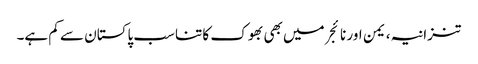
تنزانیہ، یمن اور نائجر میں بھی بھوک کا تناسب پاکستان سے کم ہے۔